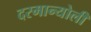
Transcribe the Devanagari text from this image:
दरमान्योली